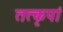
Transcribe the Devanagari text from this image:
तत्कृपां